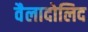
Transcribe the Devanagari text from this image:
वैलादोलिद